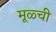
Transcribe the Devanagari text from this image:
मूळ्ची